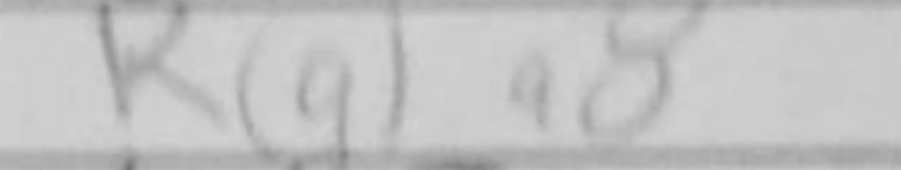
Transcription: Raa8